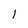
Character: 1